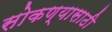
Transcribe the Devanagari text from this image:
सोकण्यासाठी